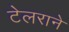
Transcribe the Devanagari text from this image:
टेलराने